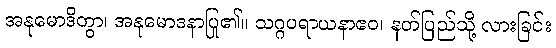
အနုမောဒိတွာ၊ အနုမောဒနာပြု၏။ သဂ္ဂပရာယနာဧဝ၊ နတ်ပြည်သို့ လားခြင်း